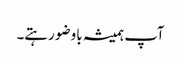
آپ ہمیشہ باوضو رہتے۔